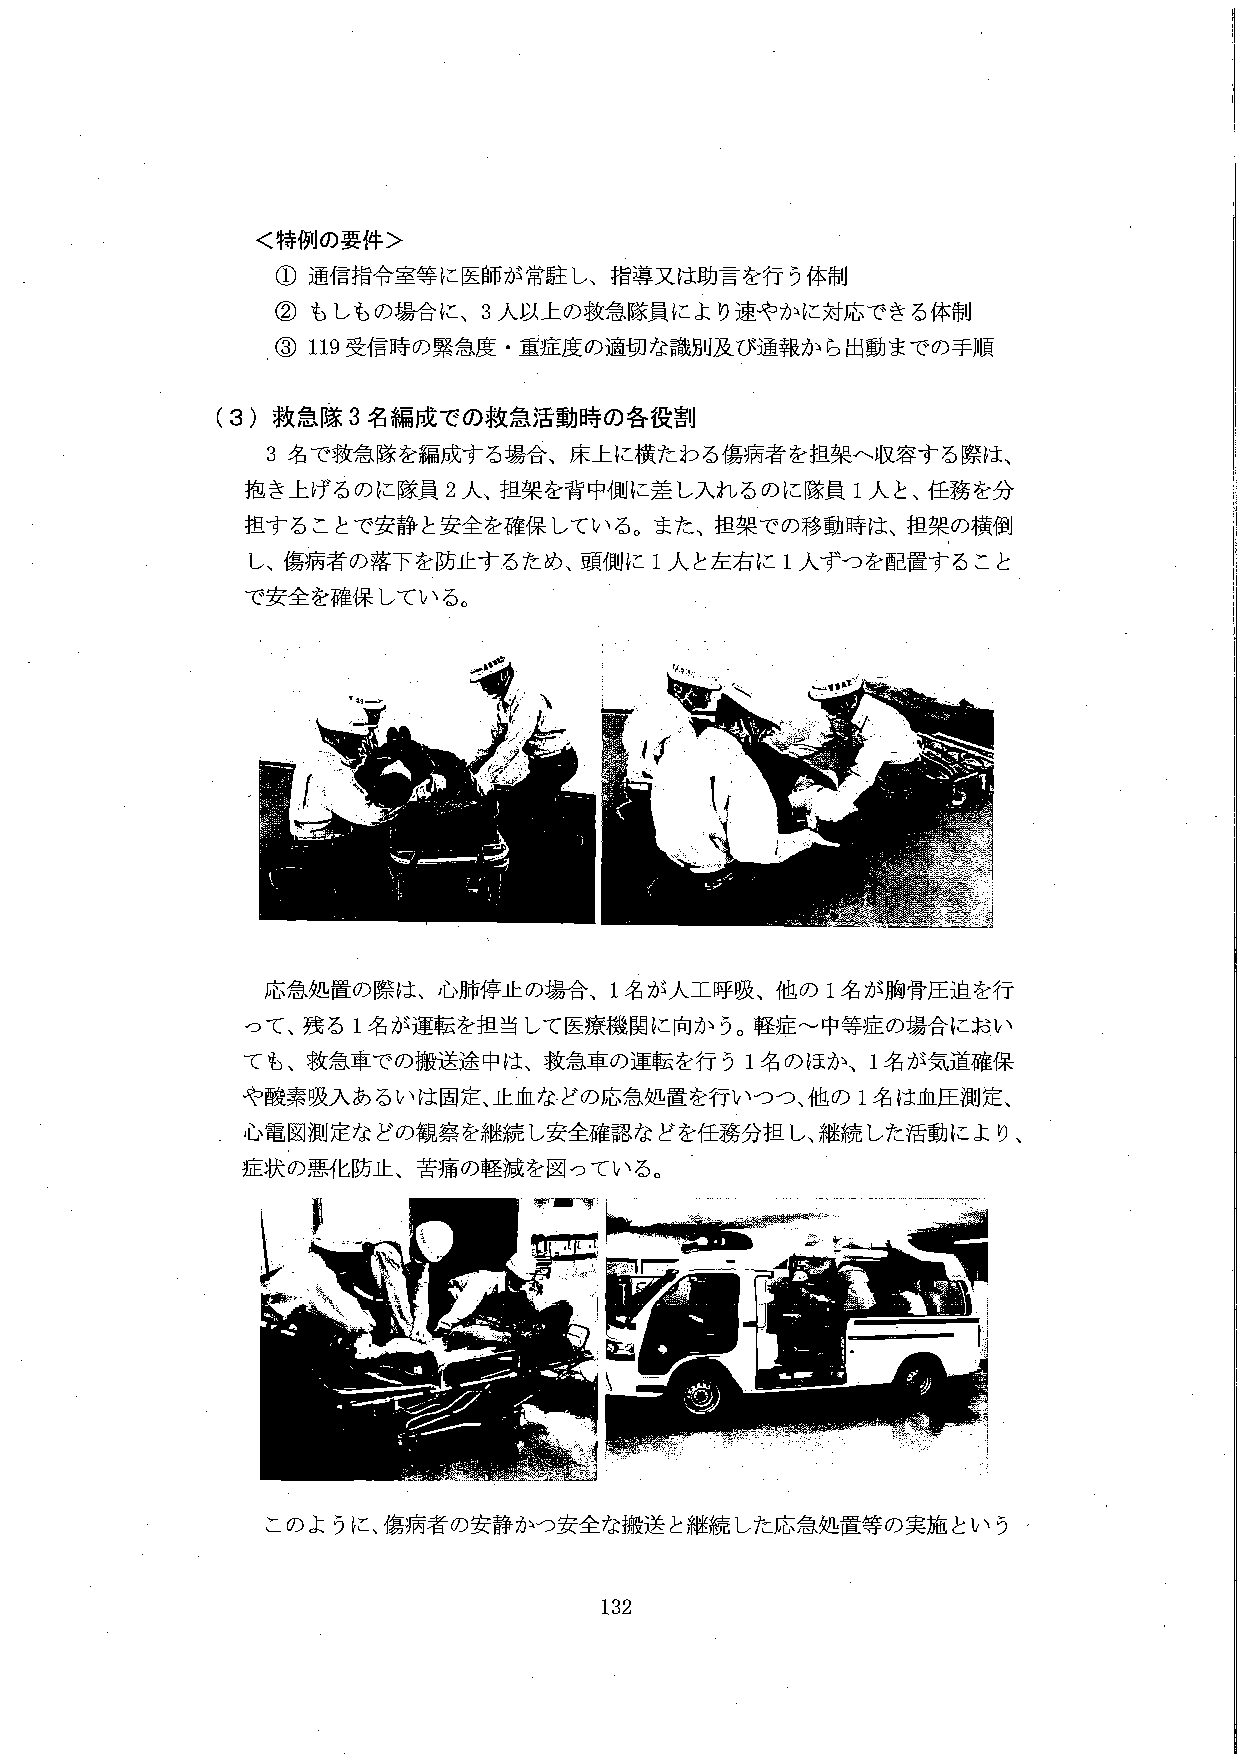
＜特例の要件＞
① 通信指令室等に医師が常駐し、指導又は助言を行う体制
② もしもの場合に、3人以上の救急隊員により速やかに対応できる体制
③ 119受信時の緊急度・重症度の適切な識別及び通報から出動までの手順

（3）救急隊3名編成での救急活動時の各役割
3名で救急隊を編成する場合、床上に横たわる傷病者を担架へ収容する際は、
抱き上げるのに隊員2人、担架を背中側に差し入れるのに隊員1人と、任務を分
担することで安静と安全を確保している。また、担架での移動時は、担架の横倒
し、傷病者の落下を防止するため、頭側に1人と左右に1人ずつを配置すること
で安全を確保している。

応急処置の際は、心肺停止の場合、1名が人工呼吸、他の1名が胸骨圧迫を行
って、残る1名が運転を担当して医療機関に向かう。軽症～中等症の場合におい
ても、救急車での搬送途中は、救急車の運転を行う1名のほか、1名が気道確保
や酸素吸入あるいは固定、止血などの応急処置を行いつつ、他の1名は血圧測定、
心電図測定などの観察を継続し安全確認などを任務分担し、継続した活動により、
症状の悪化防止、苦痛の軽減を図っている。

このように、傷病者の安静かつ安全な搬送と継続した応急処置等の実施という

132